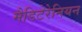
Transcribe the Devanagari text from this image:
मैडिटेरेनियन